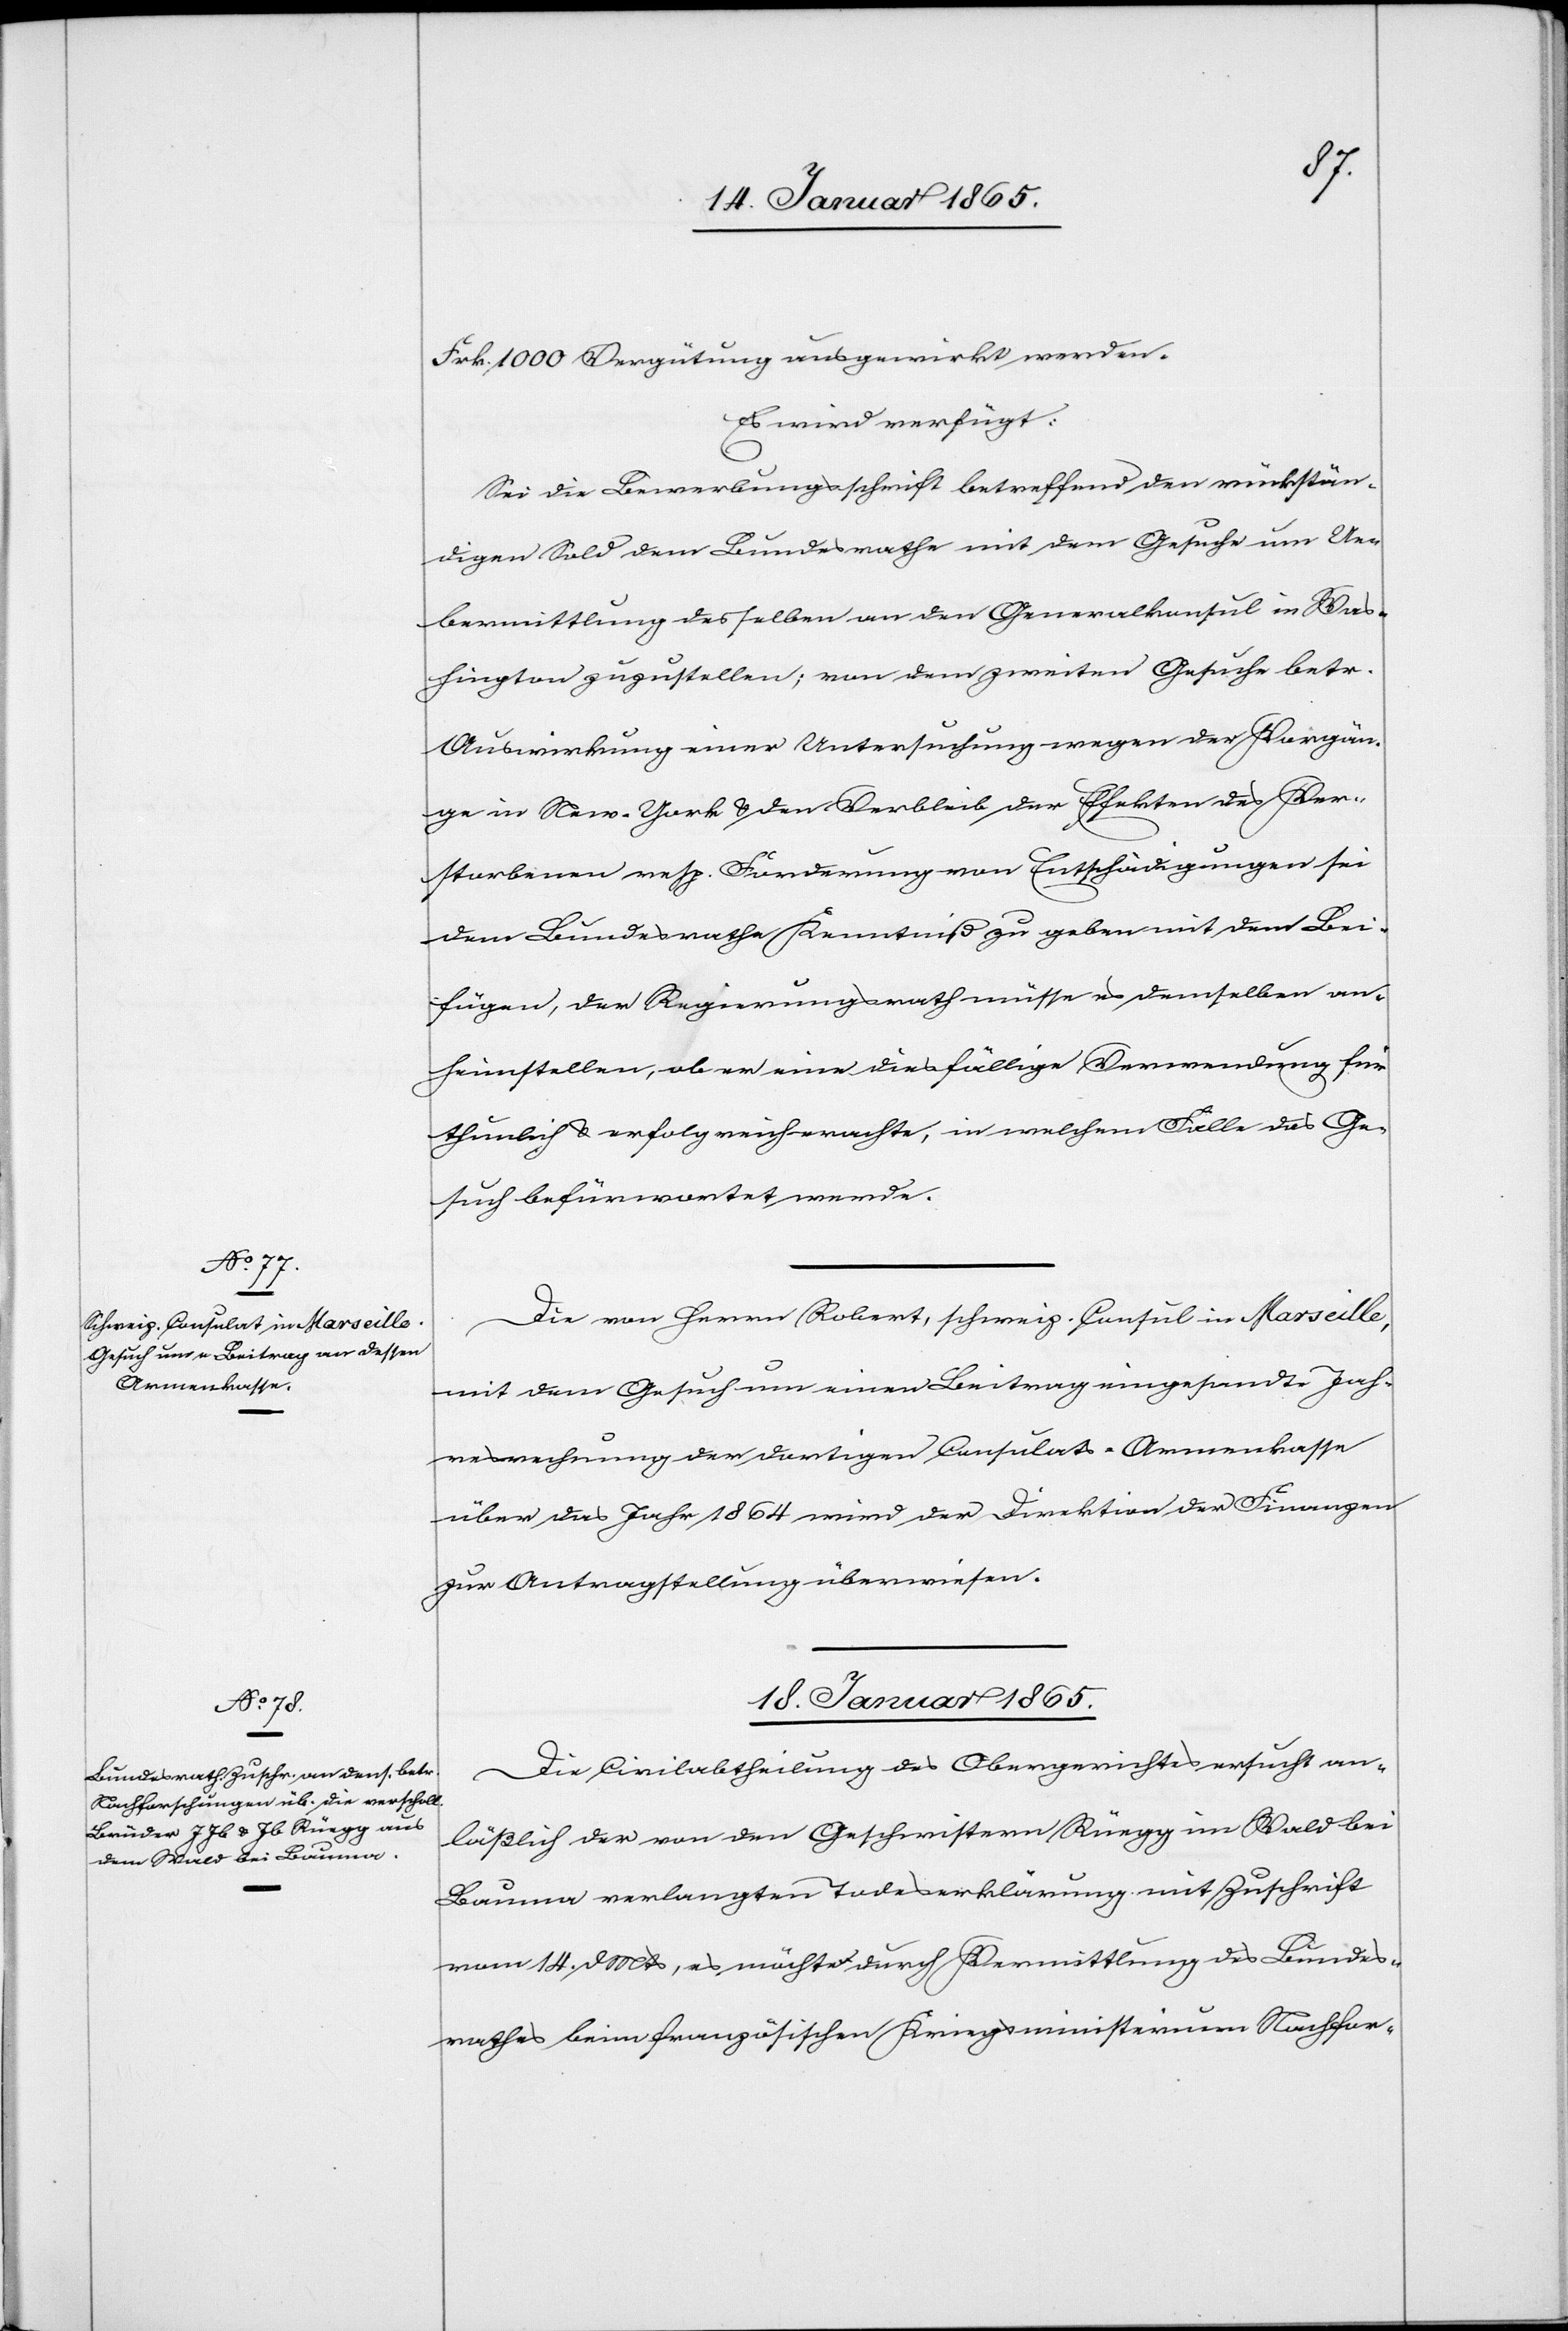
16. Januar 1865.]
Frk. 1000 Vergütung ausgewirkt werden.
Es wird verfügt:
Sei die Bewerbungsschrift betreffend den rückstän¬
digen Sold dem Bundesrathe mit dem Gesuche um Ue¬
bermittlung desselben an den Generalkonsul in Was¬
hington zuzustellen; von dem zweiten Gesuche betr.
Auswirkung einer Untersuchung wegen der Vorgän¬
ge in New-York u. den Verbleib der Effekten des Ver¬
storbenen resp. Forderung von Entschädigungen sei
dem Bundesrathe Kenntniß zu geben mit dem Bei¬
fügen, der Regierungsrath müsse es demselben an¬
heimstellen, ob er eine diesfällige Verwendung für
thunlich u. erfolgreich erachte, in welchem Falle das Ge¬
such befürwortet werde.
Die von Herrn Robert, schweiz. Consul in Marseille,
mit dem Gesuch um einen Beitrag eingesandte Jah¬
resrechnung der dortigen Consulats-Armenkasse
über das Jahr 1864 wird der Direktion der Finanzen
zur Antragstellung überwiesen.
18. Januar 1865.
Die Civilabtheilung des Obergerichtes ersucht an¬
läßlich der von den Geschwistern Rüegg im Wald bei
Bauma verlangten Todeserklärung mit Zuschrift
vom 14. d Mts, es möchten durch Vermittlung des Bundes¬
rathes beim französischen Kriegsministerium Nachfor-